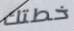
خطتك